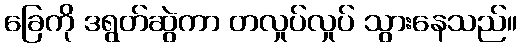
ခြေကို ဒရွတ်ဆွဲကာ တလှုပ်လှုပ် သွားနေသည်။